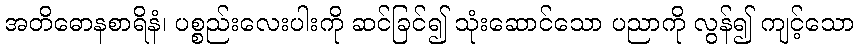
အတိဓောနစာရိနံ၊ ပစ္စည်းလေးပါးကို ဆင်ခြင်၍ သုံးဆောင်သော ပညာကို လွန်၍ ကျင့်သော